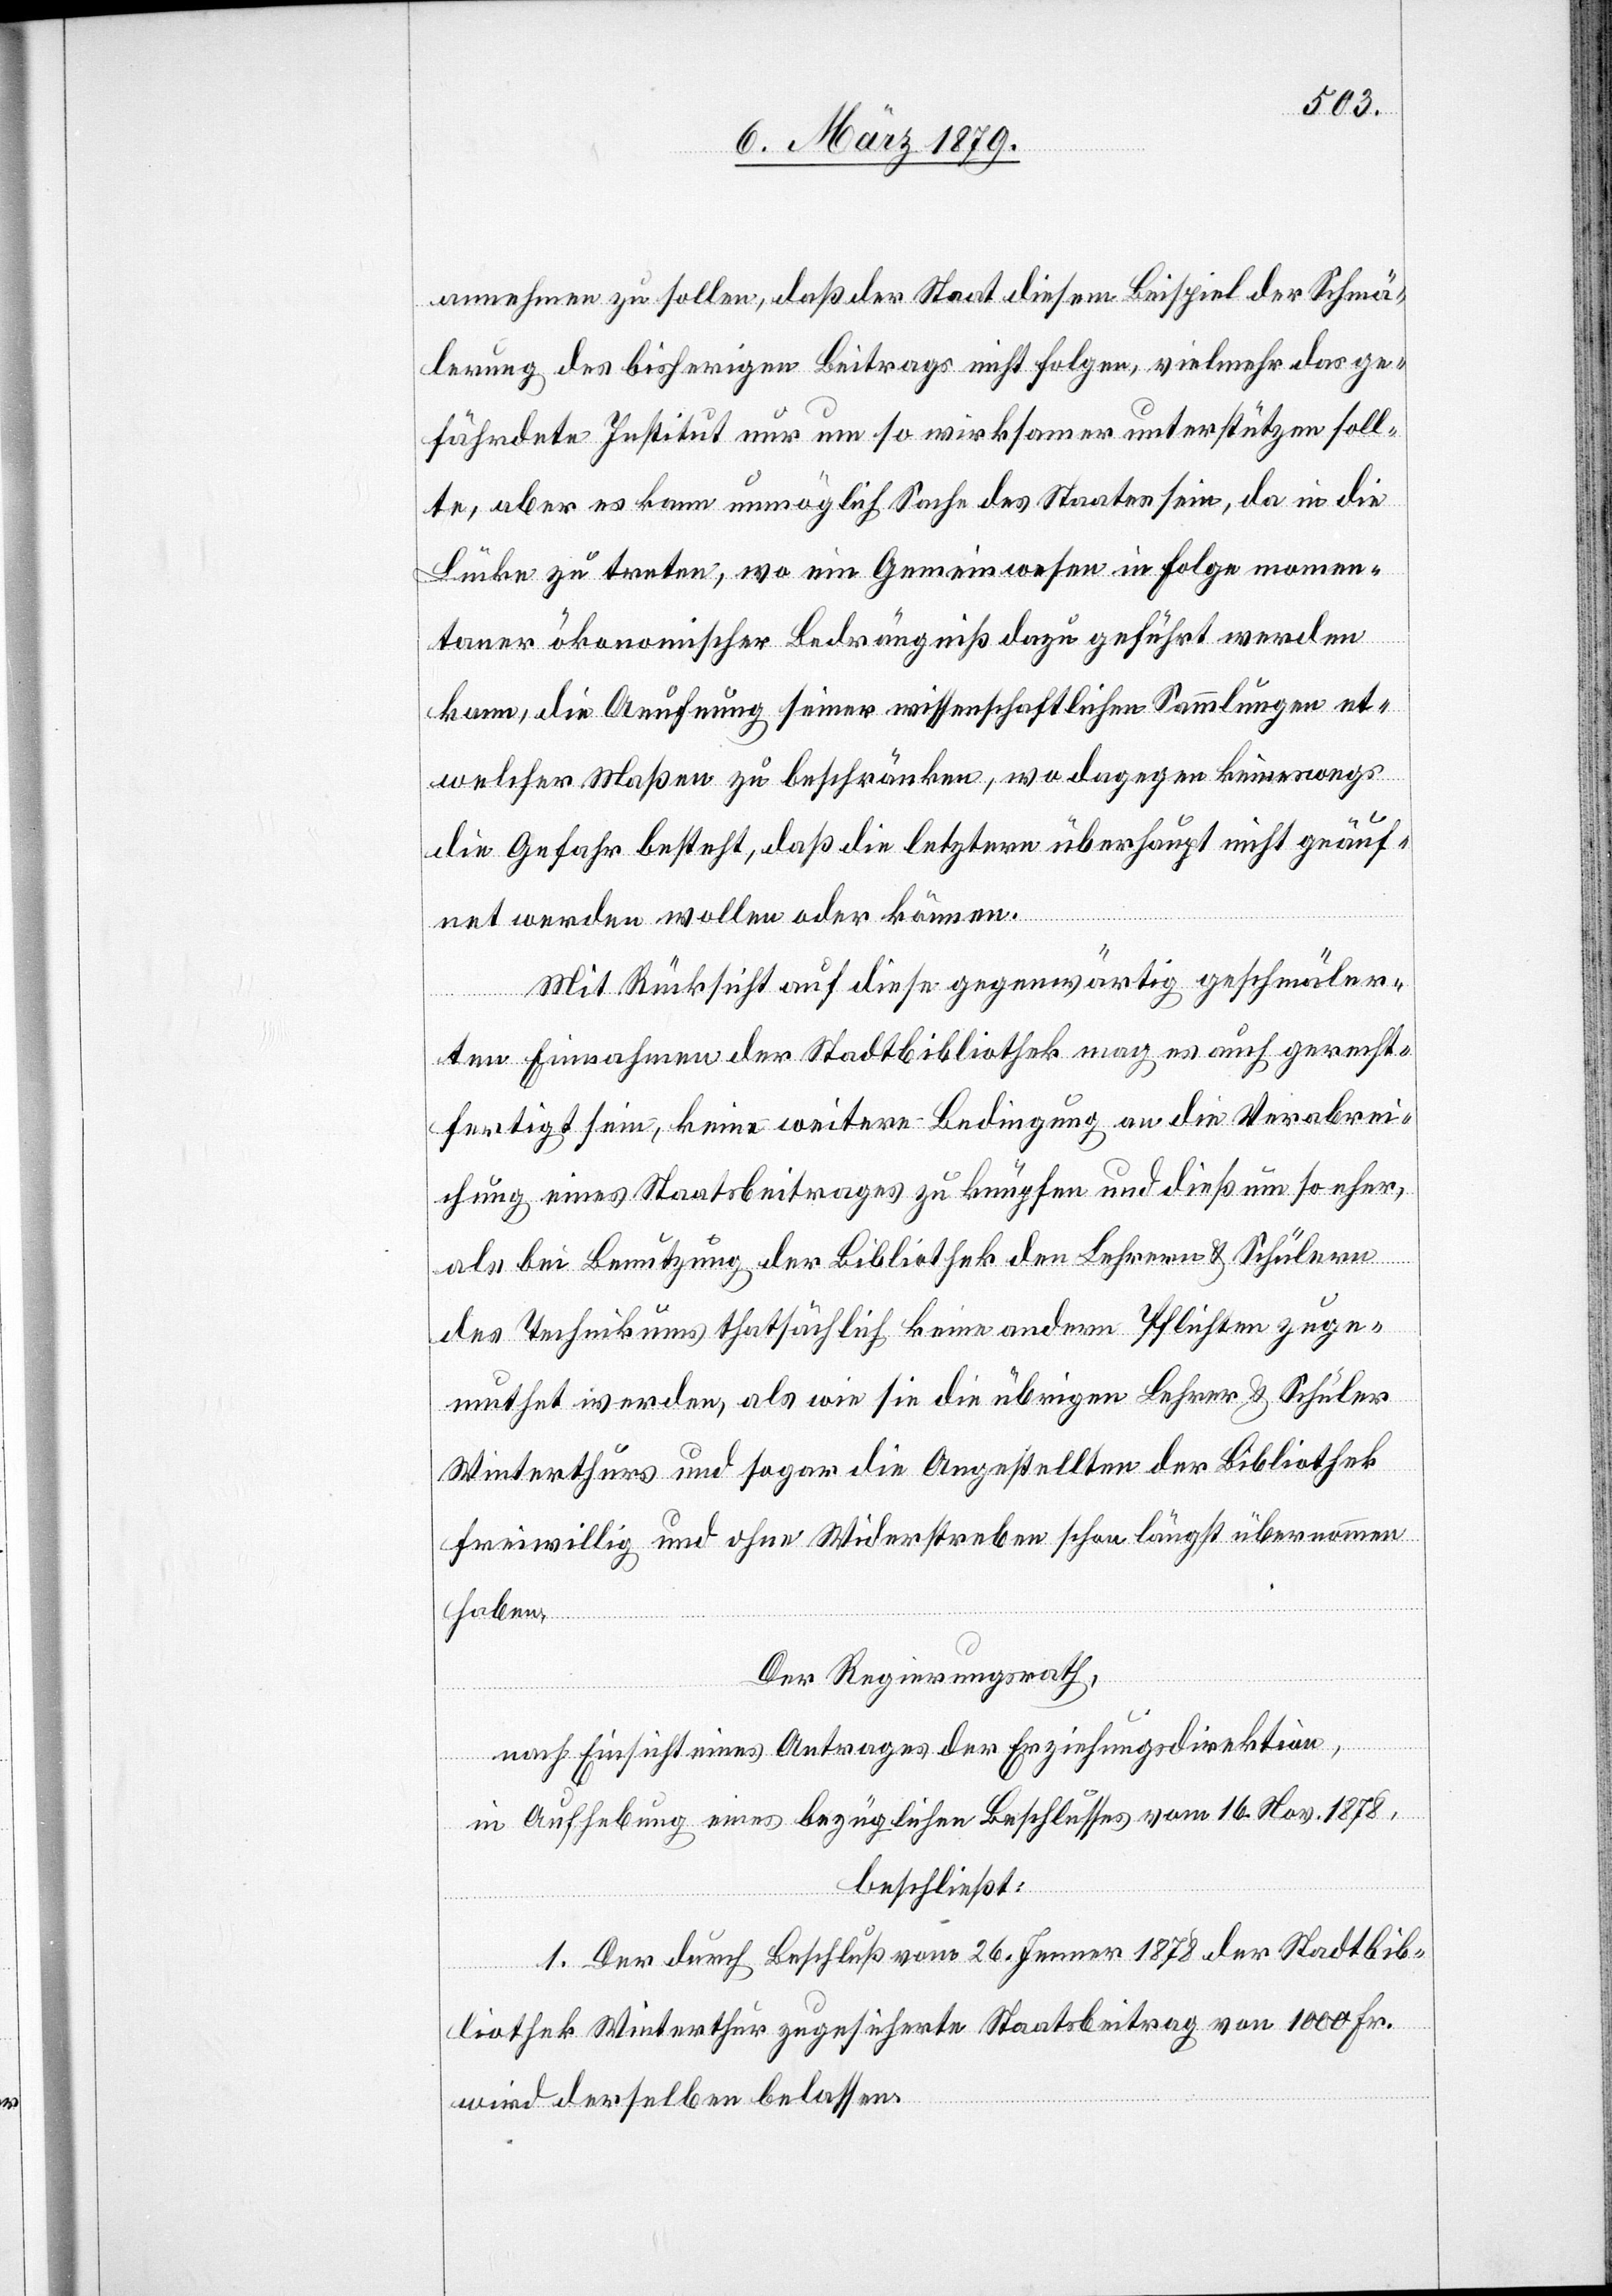
annehmen zu sollen, daß der Staat diesem Beispiel der Schmä¬
lerung des bisherigen Beitrags nicht folgen, vielmehr das ge¬
fährdete Institut nur um so wirksamer unterstützen soll¬
te, aber es kann unmöglich Sache des Staates sein, da in die
Lücke zu treten, wo ein Gemeinwesen in Folge momen¬
taner ökonomischer Bedrängniß dazu geführt werden
kann, die Aeufnung seiner wissenschaftlichen Sammlungen et¬
welcher Maßen zu beschränken, wo dagegen keineswegs
die Gefahr besteht, daß die letztern überhaupt nicht geäuf¬
net werden wollen oder können.
Mit Rücksicht auf diese gegenwärtig geschmäler¬
ten Einnahmen der Stadtbibliothek mag es auch gerecht¬
fertigt sein, keine weitere Bedingung an die Verabrei¬
chung eines Staatsbeitrages zu knüpfen und dieß um so eher,
als bei Benutzung der Bibliothek den Lehrern & Schülern
des Technikums thatsächlich keine andern Pflichten zuge¬
muthet werden, als wie sie die übrigen Lehrer & Schüler
Winterthurs und sogar die Angestellten der Bibliothek
freiwillig und ohne Widerstreben schon längst übernommen
haben.
Der Regierungsrath,
nach Einsicht eines Antrages der Erziehungsdirektion,
in Aufhebung eines bezüglichen Beschlusses vom 16. Nov. 1878,
beschließt:
1. Der durch Beschluß vom 26. Jenner 1878 der Stadtbib¬
liothek Winterthur zugesicherte Staatsbeitrag von 1000 Fr.
wird derselben belassen.